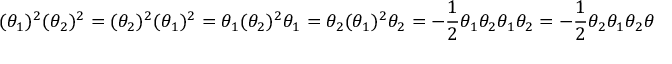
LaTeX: ( \theta _ { 1 } ) ^ { 2 } ( \theta _ { 2 } ) ^ { 2 } = ( \theta _ { 2 } ) ^ { 2 } ( \theta _ { 1 } ) ^ { 2 } = \theta _ { 1 } ( \theta _ { 2 } ) ^ { 2 } \theta _ { 1 } = \theta _ { 2 } ( \theta _ { 1 } ) ^ { 2 } \theta _ { 2 } = - { \frac { 1 } { 2 } } \theta _ { 1 } \theta _ { 2 } \theta _ { 1 } \theta _ { 2 } = - { \frac { 1 } { 2 } } \theta _ { 2 } \theta _ { 1 } \theta _ { 2 } \theta _ { 1 } ,